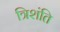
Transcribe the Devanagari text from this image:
त्रिशंति